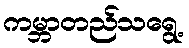
ကမ္ဘာတည်သရွေ့